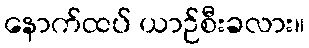
နောက်ထပ် ယာဉ်စီးခလား။